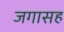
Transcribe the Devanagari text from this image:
जगासह